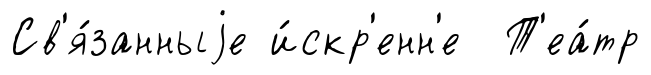
Св'я́занныjе и́скр'енн'е Т'еа́тр